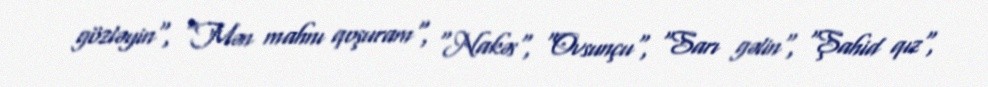
gözləyin", "Mən mahnı qoşuram", "Nakəs", "Ovsunçu", "Sarı gəlin", "Şahid qız",